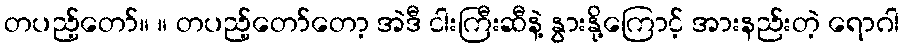
တပည့်တော်။ ။ တပည့်တော်တော့ အဲဒီ ငါးကြီးဆီနဲ့ နွားနို့ကြောင့် အားနည်းတဲ့ ရောဂါ